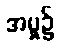
အမှု၌